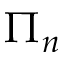
\Pi _ { n }